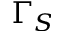
\Gamma _ { S }